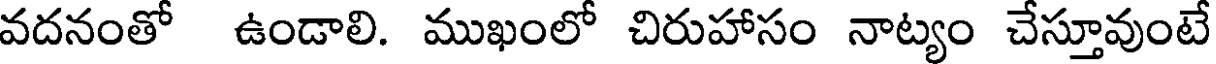
వదనంతో ఉండాలి. ముఖంలో చిరుహాసం నాట్యం చేస్తూవుంటే